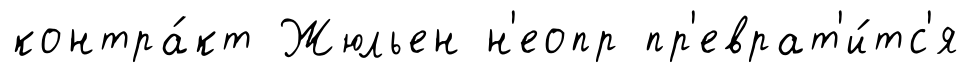
контра́кт Жюльен н'еопр пр'еврат'и́тс'я